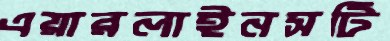
এয়ারলাইনসটি